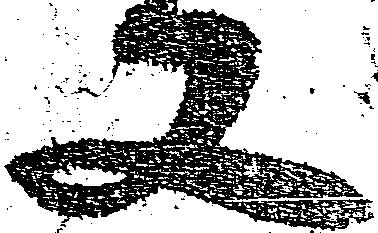
又